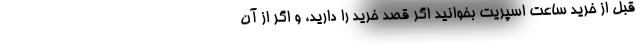
قبل از خرید ساعت اسپریت بخوانید اگر قصد خرید را دارید، و اگر از آن